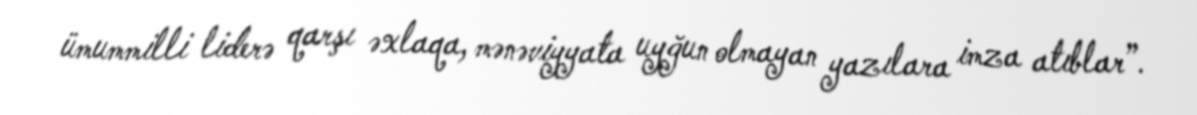
ümummilli liderə qarşı əxlaqa, mənəviyyata uyğun olmayan yazılara imza atıblar”.